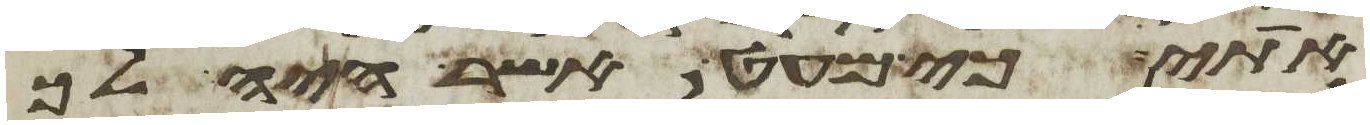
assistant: אתי כי מעט אשר היה לך